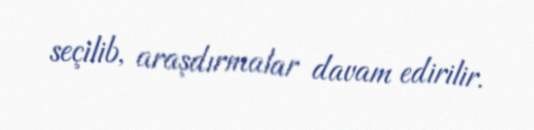
seçilib, araşdırmalar davam edirilir.